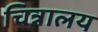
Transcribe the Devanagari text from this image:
चित्रालय